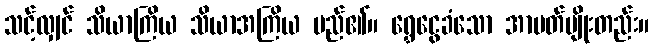
သင့်လျှင် သိယာကြိယ သိယာအကြိယ မည်၏။ ရွှေငွေခံသော အာပတ်မျိုးတည်း။